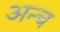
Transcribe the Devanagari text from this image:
अन्च